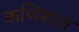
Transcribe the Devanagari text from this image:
कणिशात